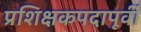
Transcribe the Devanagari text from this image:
प्रशिक्षकपदापूर्वी